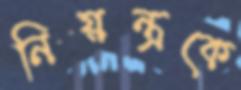
নিয়ন্ত্রকে